Papers set at the Examination for Leaving Certificates, 1889
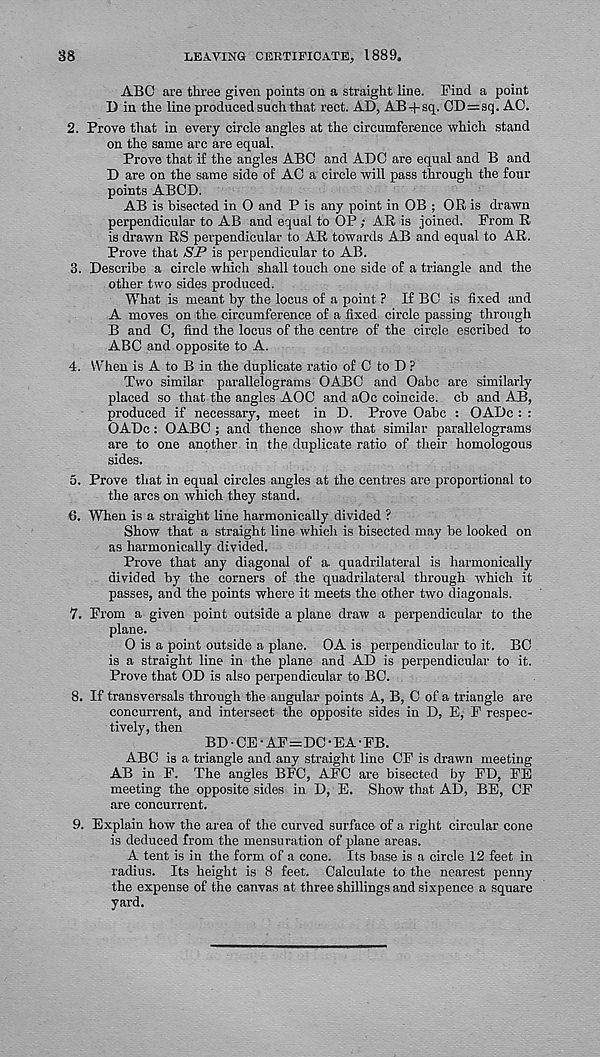
38
LEAVING CEKTIFICATE, 1889,
ABO are three given points on a straight line. Find a point
D in the line produced such that rect. AD, AB + sq. CD=sq. AO.
2. Prove that in every circle angles at the circumference which stand
on the same arc are equal.
Prove that if the angles ABO and ADO are equal and B and
D are on the same side of AC a circle will pass through the four
points ABOD.
AB is bisected in O and P is any point in OB ; OR is drawn
perpendicular to AB and equal to OP ; AR is joined. From R
is drawn RS perpendicular to AR towards AB and equal to AR.
Prove that SJP is perpendicular to AB.
3. Describe a circle which shall touch one side of a triangle and the
other two sides produced.
What is meant by the locus of a point ? If BO is fixed and
A moves on the circumference of a fixed circle passing through
B and 0, find the locus of the centre of the circle escribed to
ABC and opposite to A.
4. When is A to B in the duplicate ratio of 0 to D ?
Two similar parallelograms OABO and Oabc are similarly
placed so that the angles AOO and aOc coincide, cb and AB,
produced if necessary, meet in D. Prove Oabc : OADc : :
OADc: OABO ; and thence show that similar parallelograms
are to one another in the duplicate ratio of their homologous
sides.
5. Prove that in equal circles angles at the centres are proportional to
the arcs on which they stand.
6. When is a straight line harmonically divided ?
Show that a straight line which is bisected may be looked on
as harmonically divided.
Prove that any diagonal of a. quadrilateral is harmonically
divided by the corners of the quadrilateral through which it
passes, and the points where it meets the other two diagonals.
7. From a given point outside a plane draw a perpendicular to the
plane.
0 is a point outside a plane. OA is perpendicular to it. BO
is a straight line in the plane and AD is perpendicular to it.
Prove that OD is also perpendicular to BO.
8. If transversals through the angular points A, B, 0 of a triangle are
concurrent, and intersect the opposite sides in D, E, F respec-
tively, then
BD-CE-AF=DO-EA-FB.
ABC is a triangle and any straight line OF is drawn meeting
AB in F. The angles BFC, AFO are bisected by FD, FE
meeting the opposite sides in D, E. Show that AD, BE, OF
are concurrent.
9. Explain how the area of the curved surface of a right circular cone
is deduced from the mensuration of plane areas.
A tent is in the form of a cone. Its base is a circle 12 feet in
radius. Its height is 8 feet. Calculate to the nearest penny
the expense of the canvas at three shillings and sixpence a square
yard.